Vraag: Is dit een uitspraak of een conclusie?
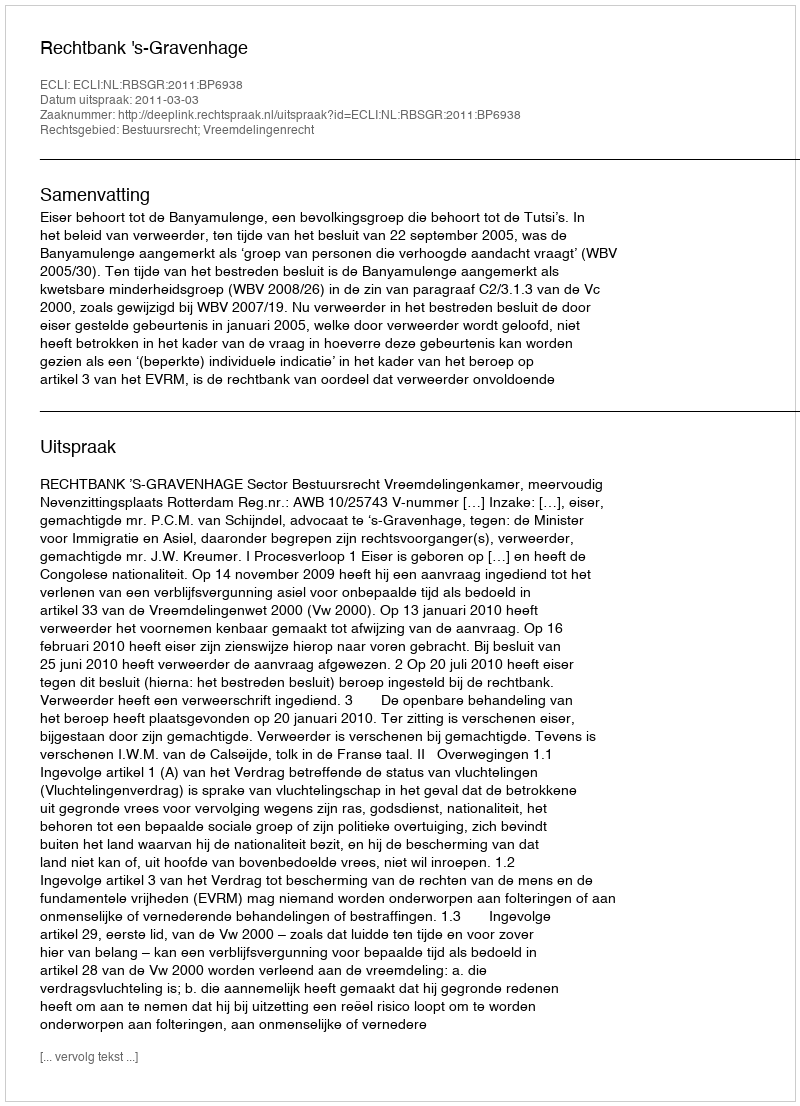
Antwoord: Uitspraak